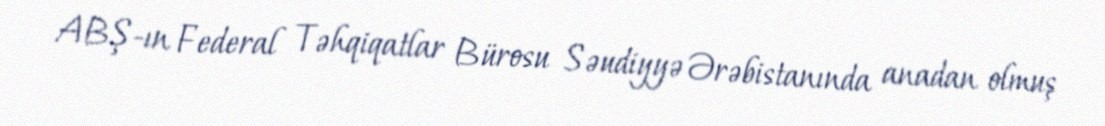
ABŞ-ın Federal Təhqiqatlar Bürosu Səudiyyə Ərəbistanında anadan olmuş